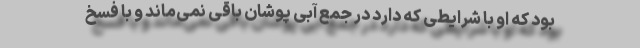
بود که او با شرایطی که دارد در جمع آبی پوشان باقی نمی‌ماند و با فسخ